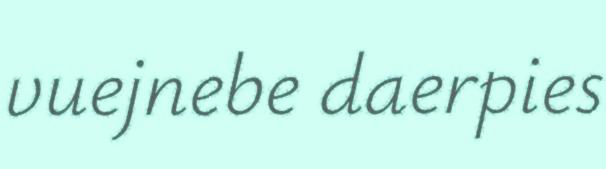
vuejnebe daerpies